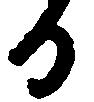
る